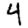
Digit: 4